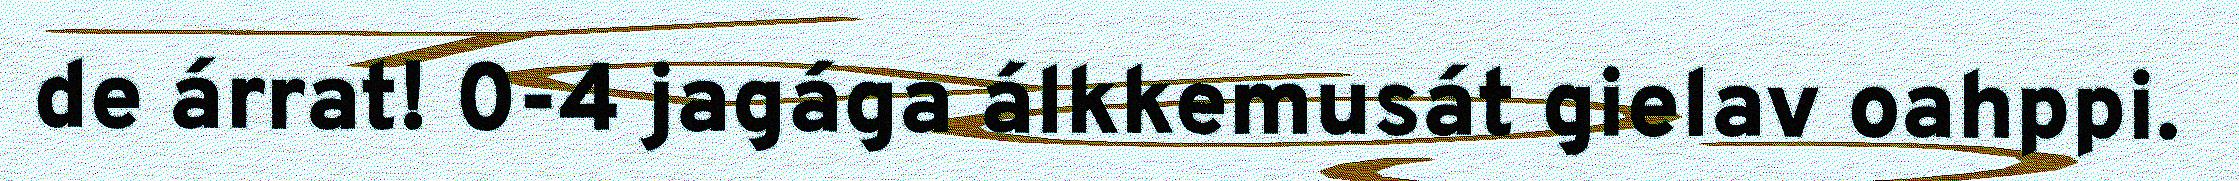
de árrat! 0-4 jagága álkkemusát gielav oahppi.